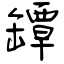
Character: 罈